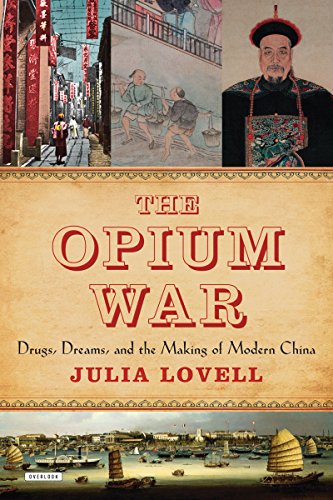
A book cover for The Opium War: Drugs, Dreams and the Making of Modern China; Julia Lovell; History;